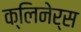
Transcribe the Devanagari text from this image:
क्लिनेर्स